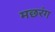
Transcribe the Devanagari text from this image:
मछरंग